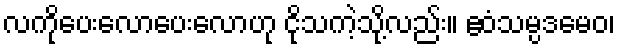
လကိုပေးလောပေးလောဟု ငိုသကဲ့သို့လည်း။ ဧဝံသမ္ပဒမေဝ၊